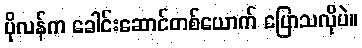
ပိုလန်က ခေါင်းဆောင်တစ်ယောက် ပြောသလိုပဲ။